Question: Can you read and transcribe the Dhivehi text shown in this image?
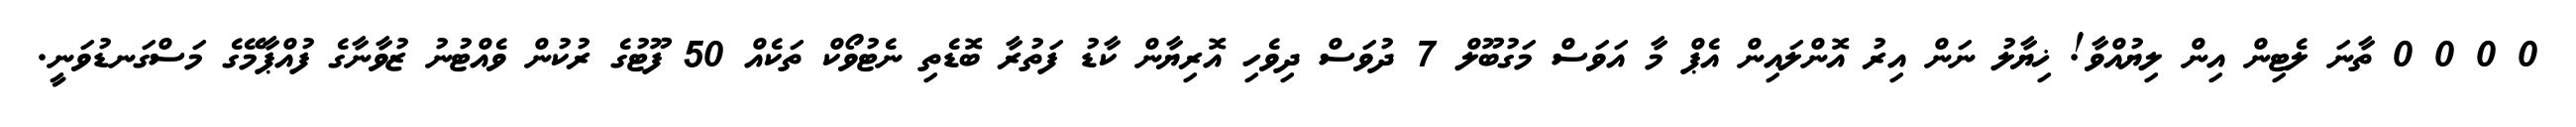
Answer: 0 0 0 0 ތާނަ ލެޓިން އިން ލިޔުއްވާ! ޚިޔާލު ނަން އިރު އޮންލައިން އެޕް މާ އަވަސް މަގުބޫލް 7 ދުވަސް ދިވެހި އޮރިޔާން ކާޑު ފަތުރާ ބޮޑެތި ނެޓުވޯކް ތަކެއް 50 ފޫޓުގެ ރުކުން ވެއްޓުނު ޒުވާނާގެ ފުއްޕާމޭގެ މަސްގަނޑުވަނީ.